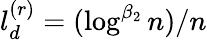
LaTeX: l_{d}^{(r)}=(\log^{\beta_{2}}n)/n